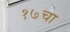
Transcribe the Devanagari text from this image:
१७चा